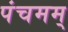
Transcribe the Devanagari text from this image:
पंचमम्